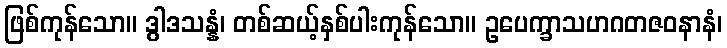
ဖြစ်ကုန်သော။ ဒွါဒသန္နံ၊ တစ်ဆယ့်နှစ်ပါးကုန်သော။ ဥပေက္ခာသဟဂတဇဝနာနံ၊